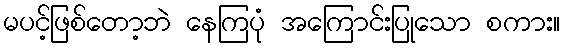
မပင့်ဖြစ်တော့ဘဲ နေကြပုံ အကြောင်းပြုသော စကား။